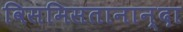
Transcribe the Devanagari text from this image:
विसमिसतानान्दा